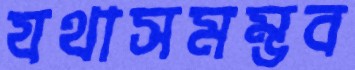
যথাসমম্ভব